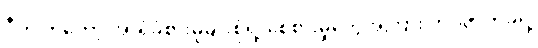
ဂီတ ကတော့ အာရုံခံစားမှုမျိုးစုံရဲ့ စေစားမှုတွေအကြား ဘဝဇာတ်ခုံရဲ့